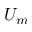
U _ { m }